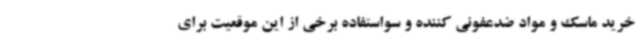
خرید ماسک و مواد ضدعفونی کننده و سو‌استفاده برخی از این موقعیت برای